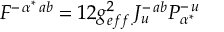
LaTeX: { \cal F } ^ { - \, \alpha ^ { * } \, a b } = \o { 1 } { 2 } g _ { e f f . } ^ { 2 } J _ { u } ^ { - \, a b } { \cal P } _ { \alpha ^ { * } } ^ { - \, u }